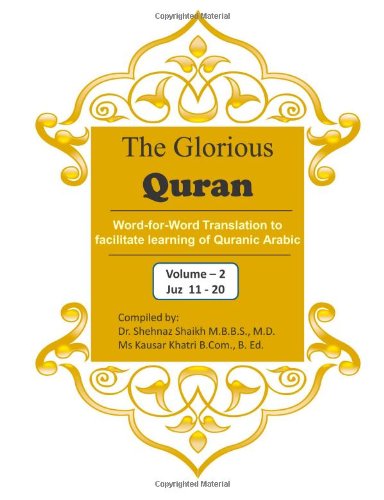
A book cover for The Glorious Quran Word-for-Word Translation to facilitate learning of Quranic Arabic: Volume 2    Juz 11-20 (English and Arabic Edition); Dr Shehnaz Shaikh M.D.; Religion & Spirituality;